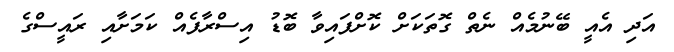
އަދި އެއީ ބޭނުމެއް ނެތް ގޮތަކަށް ކޮށްފައިވާ ބޮޑު އިސްރާފެއް ކަމަށާއި ރައީސްގެ